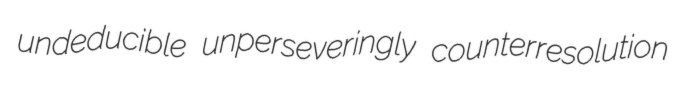
undeducible unperseveringly counterresolution